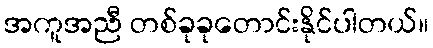
အကူအညီ တစ်ခုခုတောင်းနိုင်ပါတယ်။